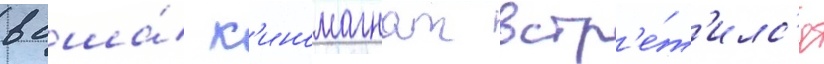
в сша́ к'иномагнат встр'е́т'илс'я